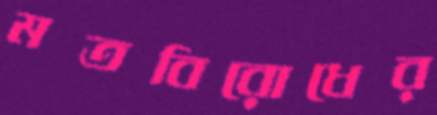
মতবিরোধের